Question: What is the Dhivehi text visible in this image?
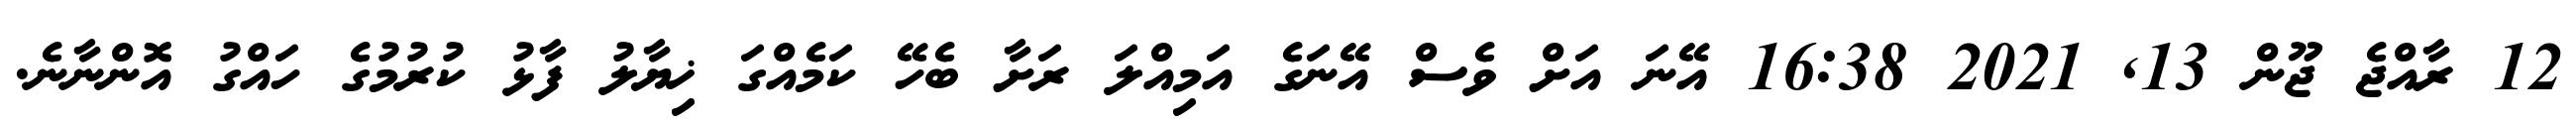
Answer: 12 ރާއްޖެ ޖޫން 13, 2021 16:38 އޭނަ އަށް ވެސް އޭނަގެ އަމިއްލަ ރަށާ ބެހޭ ކަމެއްގަ ޚިޔާލު ފާޅު ކުރުމުގެ ހައްގު އޮންނާނެ.